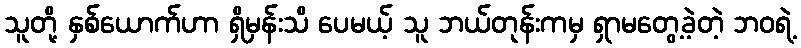
သူတို့ နှစ်ယောက်ဟာ ရှိမှန်းသိ ပေမယ့် သူ ဘယ်တုန်းကမှ ရှာမတွေ့ခဲ့တဲ့ ဘဝရဲ့